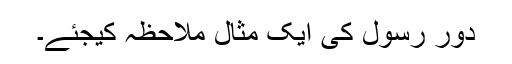
دور رسول کی ایک مثال ملاحظہ کیجئے۔